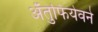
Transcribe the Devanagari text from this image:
अँतुफियेवने